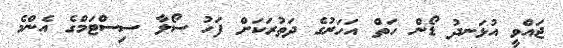
ޖައްވީ އުޅަނދު ޑޯން ހަތް އަހަރުގެ ދަތުރަކަށް ފަހު ސޯލާ ސިސްޓަމްގެ އެންމެ